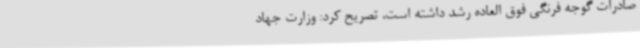
صادرات گوجه فرنگی فوق العاده رشد داشته است، تصریح کرد: وزارت جهاد